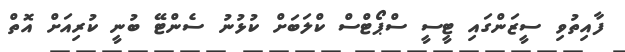
ފާއިތުވި ސީޒަންގައި ޓީސީ ސްޕޯޓްސް ކްލަބަށް ކުޅުނު ސެންޓޭ ބުނީ ކުރިއަށް އޮތް